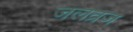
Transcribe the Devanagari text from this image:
जलव्रज